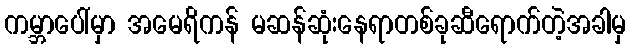
ကမ္ဘာပေါ်မှာ အမေရိကန် မဆန်ဆုံးနေရာတစ်ခုဆီရောက်တဲ့အခါမှ